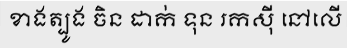
ខាងត្បូង ចិន ដាក់ ទុន រកស៊ី នៅលើ